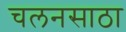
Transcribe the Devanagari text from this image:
चलनसाठा